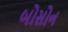
બોસોન